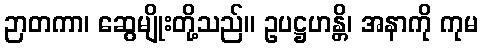
ဉာတကာ၊ ဆွေမျိုးတို့သည်။ ဥပဋ္ဌဟန္တိ၊ အနာကို ကုမ